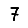
Digit: 7